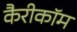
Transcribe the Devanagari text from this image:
कैरीकॉम